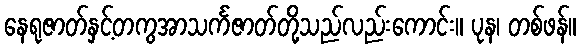
နေရုဇာတ်နှင့်တကွအာသင်္ကဇာတ်တို့သည်လည်းကောင်း။ ပုန၊ တစ်ဖန်။